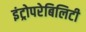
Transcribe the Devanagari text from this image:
इंट्रोपरेबिलिटी